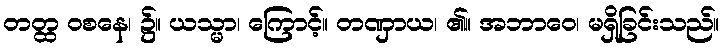
တတ္ထ ဝစနေ၊ ၌။ ယသ္မာ၊ ကြောင့်။ တဏှာယ၊ ၏။ အဘာဝေ၊ မရှိခြင်းသည်။